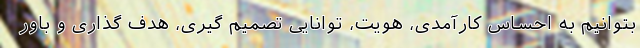
بتوانیم به احساس کارآمدی، هویت، توانایی تصمیم گیری، هدف گذاری و باور